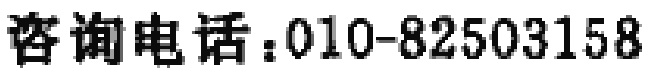
咨询电话：010-82503158